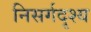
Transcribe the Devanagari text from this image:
निसर्गदृश्य